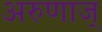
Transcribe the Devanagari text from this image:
अरुणाज्